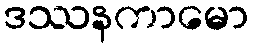
ဒဿနကာမော